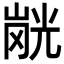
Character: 𭗂